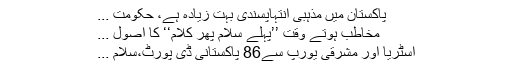
پاکستان میں مذہبی انتہاپسندی بہت زیادہ ہے، حکومت ...
مخاطب ہوتے وقت ’’پہلے سلام پھر کلام‘‘ کا اصول ...
آسٹریا اور مشرقی یورپ سے86 پاکستانی ڈی پورٹ،سلام ...